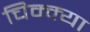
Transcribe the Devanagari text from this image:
चिक्क्या